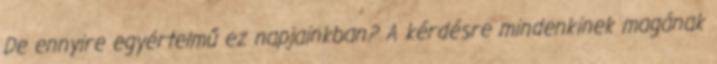
De ennyire egyértelmű ez napjainkban? A kérdésre mindenkinek magának